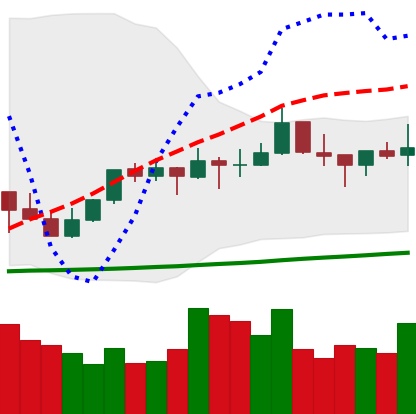
Ticker: TRX-USD
Chart end date: 2021-10-15
Forward return: 4.629%
Label: up_3_5